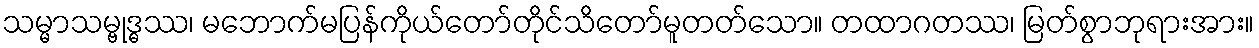
သမ္မာသမ္ဗုဒ္ဓဿ၊ မဘောက်မပြန်ကိုယ်တော်တိုင်သိတော်မူတတ်သော။ တထာဂတဿ၊ မြတ်စွာဘုရားအား။